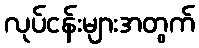
လုပ်ငန်းများအတွက်